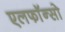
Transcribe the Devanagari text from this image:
एलफाॅन्सो